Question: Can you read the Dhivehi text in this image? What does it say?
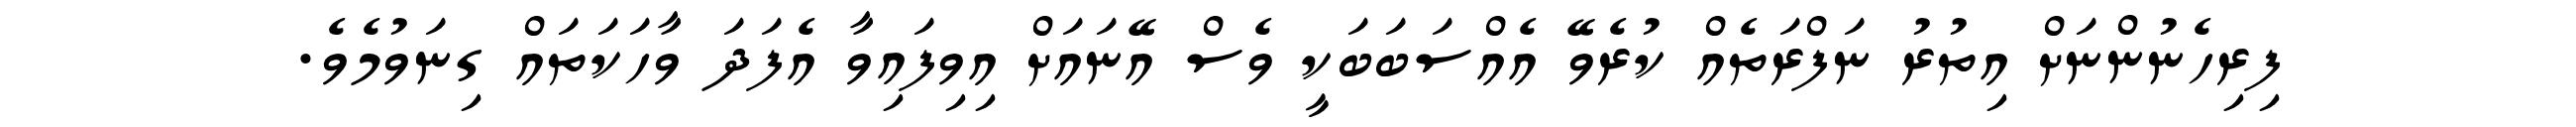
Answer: ފިރިހެނުންނަށް އިތުރު ނަފްރަތެއް ކުރެވޭ އެއްސަބަބަކީ ވެސް އޭނައަށް އިވިފައިވާ އެފަދަ ވާހަކަތައް ގިނަވުމެވެ.